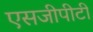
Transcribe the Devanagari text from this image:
एसजीपीटी